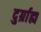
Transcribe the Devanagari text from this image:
दुर्ग्राह्य